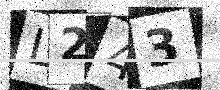
Text: L243